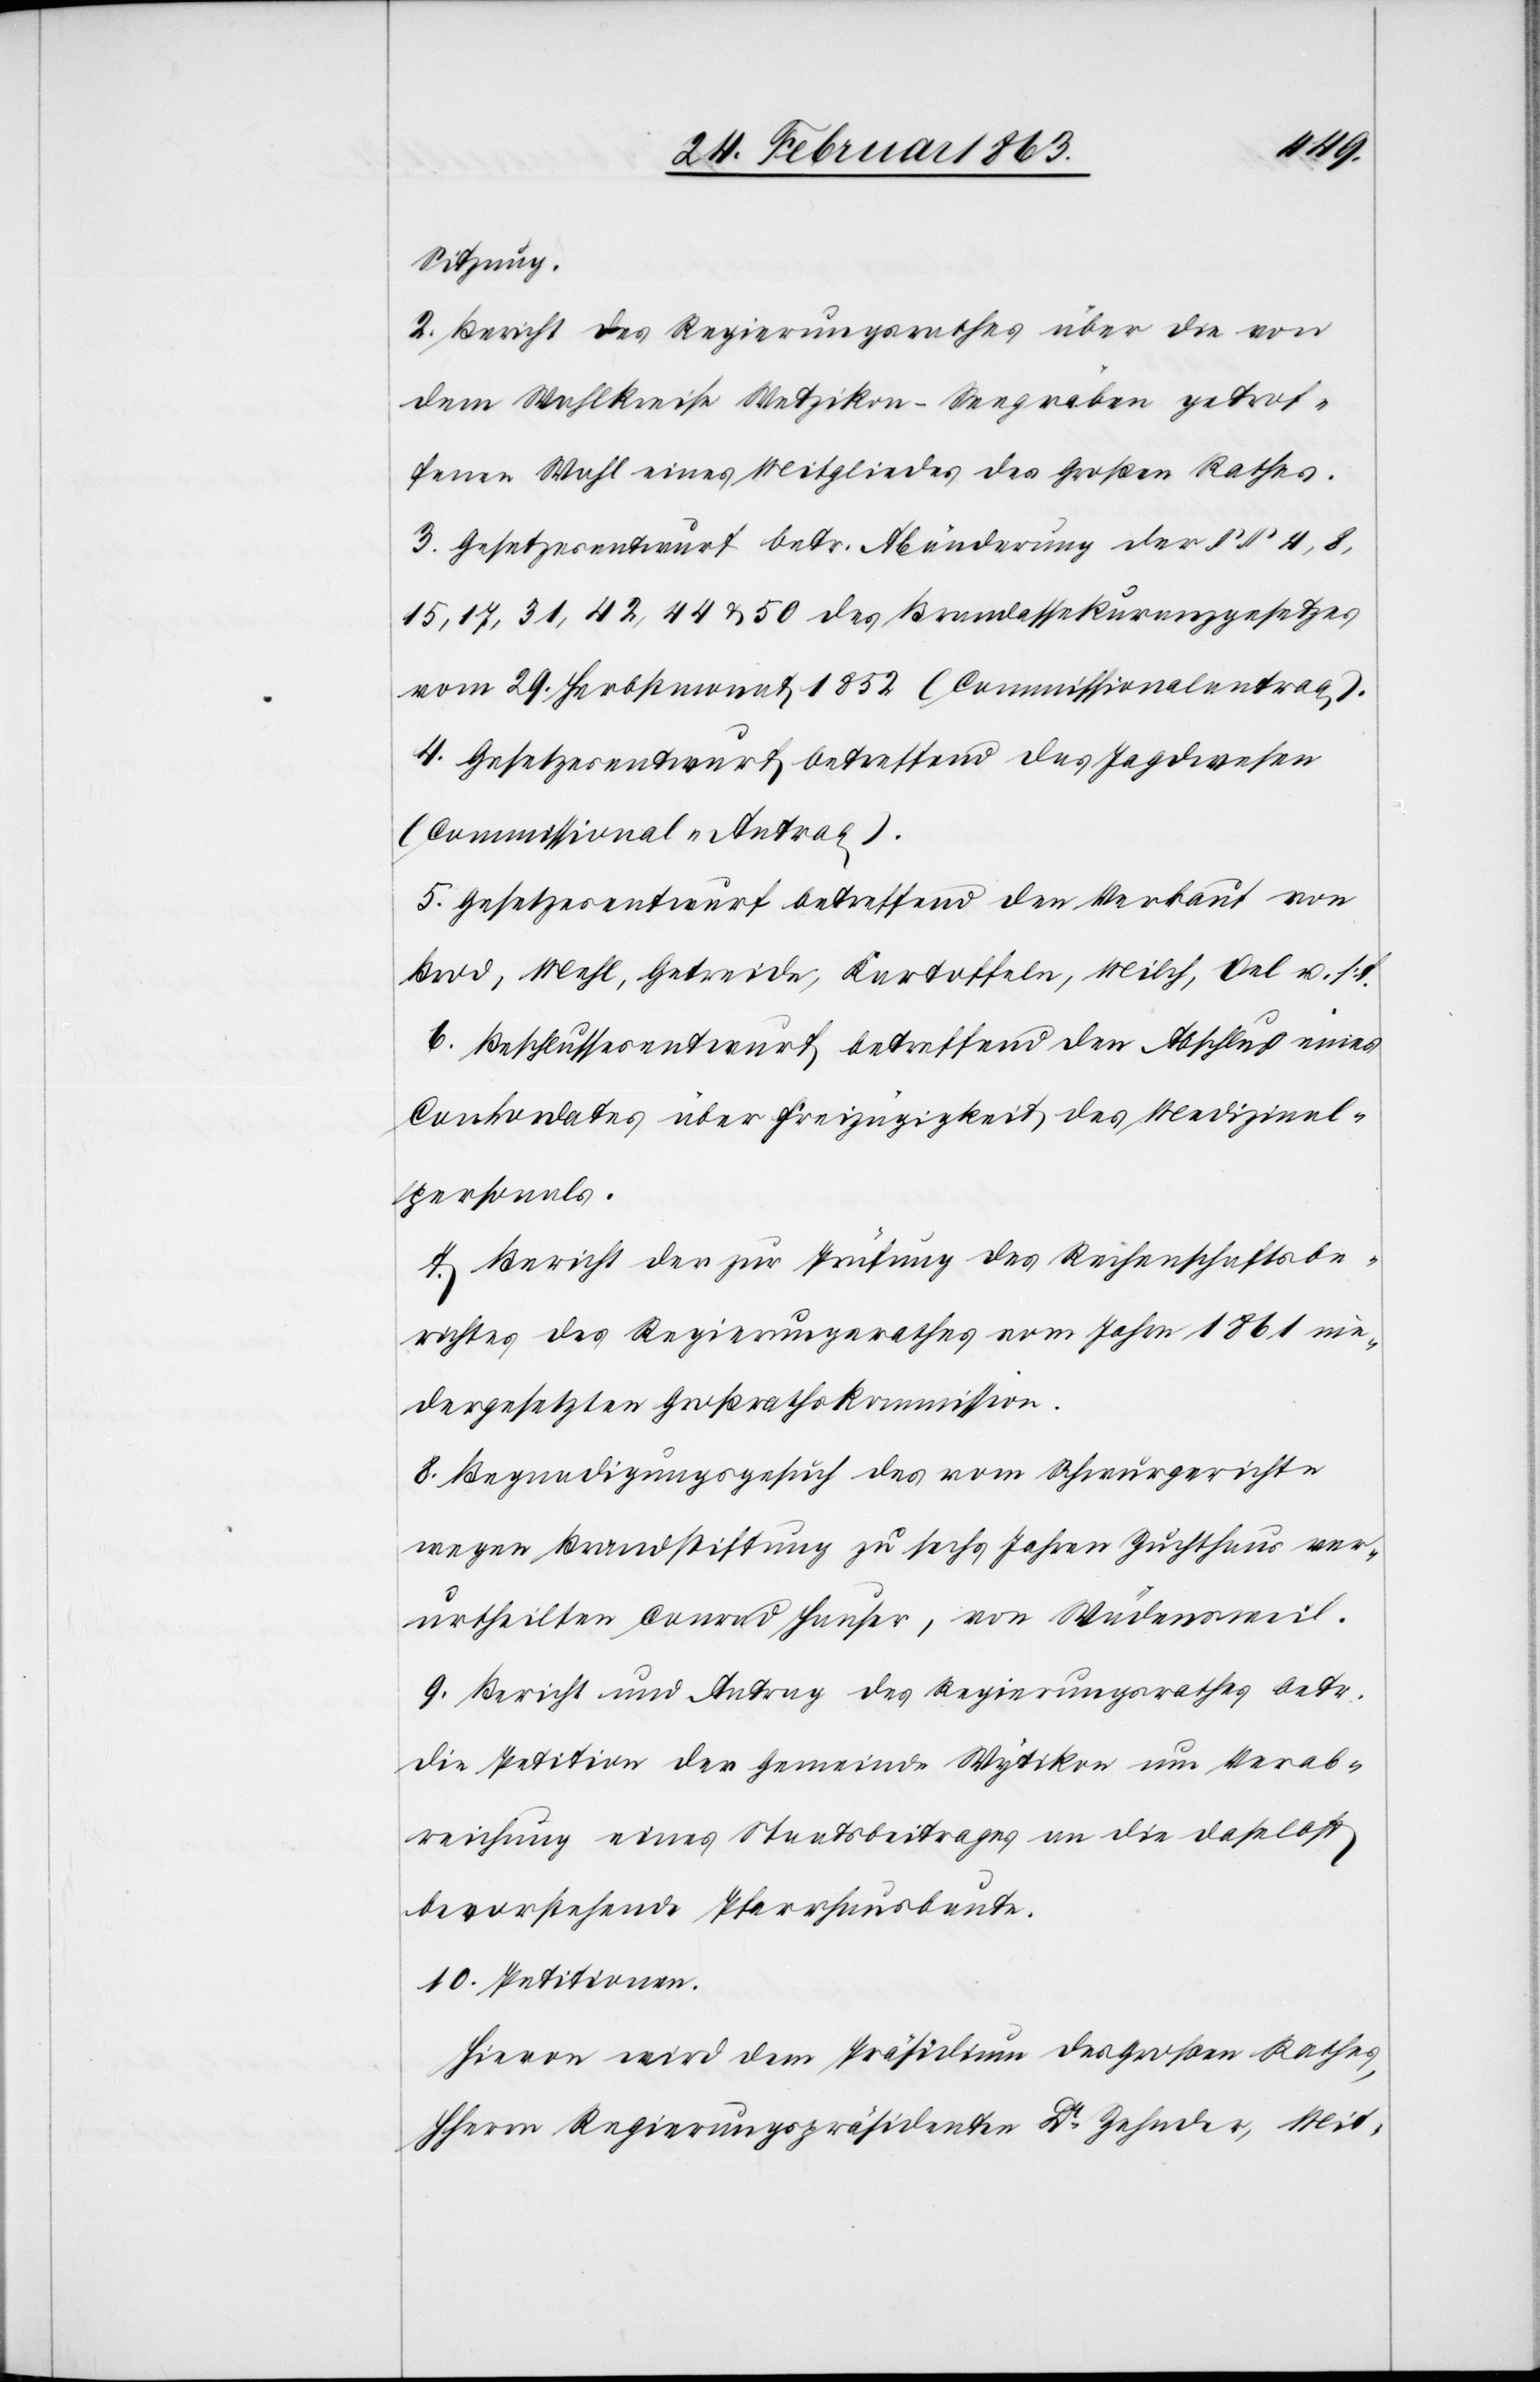
Sitzung.
2. Bericht des Regierungsrathes über die von
dem Wahlkreise Wetzikon–Seegräben getrof¬
fenen Wahl eines Mitgliedes des Großen Rathes.
3. Gesetzesentwurf betr. Abänderung der §§ 4, 8,
15, 17, 31, 42, 44 & 50 des Brandassekuranzgesetzes
vom 29. Herbstmonat 1852 (Commissionalantrag).
4. Gesetzesentwurf betreffend das Jagdwesen
(Commissional-Antrag).
5. Gesetzesentwurf betreffend den Verkauf von
Brod, Mehl, Getreide, Kartoffeln, Milch, Oel u. s.
6. Beschlussesentwurf betreffend den Abschluß eines
Conkordates über Freizügigkeit des Medizinal¬
personals.
7. Bericht der zur Prüfung des Rechenschaftsbe¬
richtes des Regierungsrathes vom Jahre 1861 nie¬
dergesetzten Großrathskommission.
8. Begnadigungsgesuch des vom Schwurgerichte
wegen Brandstiftung zu sechs Jahren Zuchthaus ver¬
urtheilten Conrad Hauser, von Wädensweil.
9. Bericht und Antrag des Regierungsrathes betr.
die Petition der Gemeinde Wytikon um Verab¬
reichung eines Staatsbeitrages an die daselbst
bevorstehende Pfarrhausbaute.
10. Petitionen.
Hievon wird dem Präsidium des Großen Rathes,
HHerrn Regierungspräsidenten Dr Zehnder, Mit-